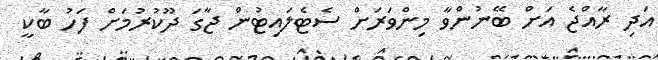
އަދި ރާއްޖެ އަށް ބޭނުންވާ މިންވަރަށް ސެޓެލައިޓުން ޖާގަ ދޫކުރުމަށް ފަހު ބާކީ